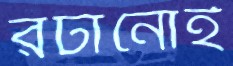
রটানোই